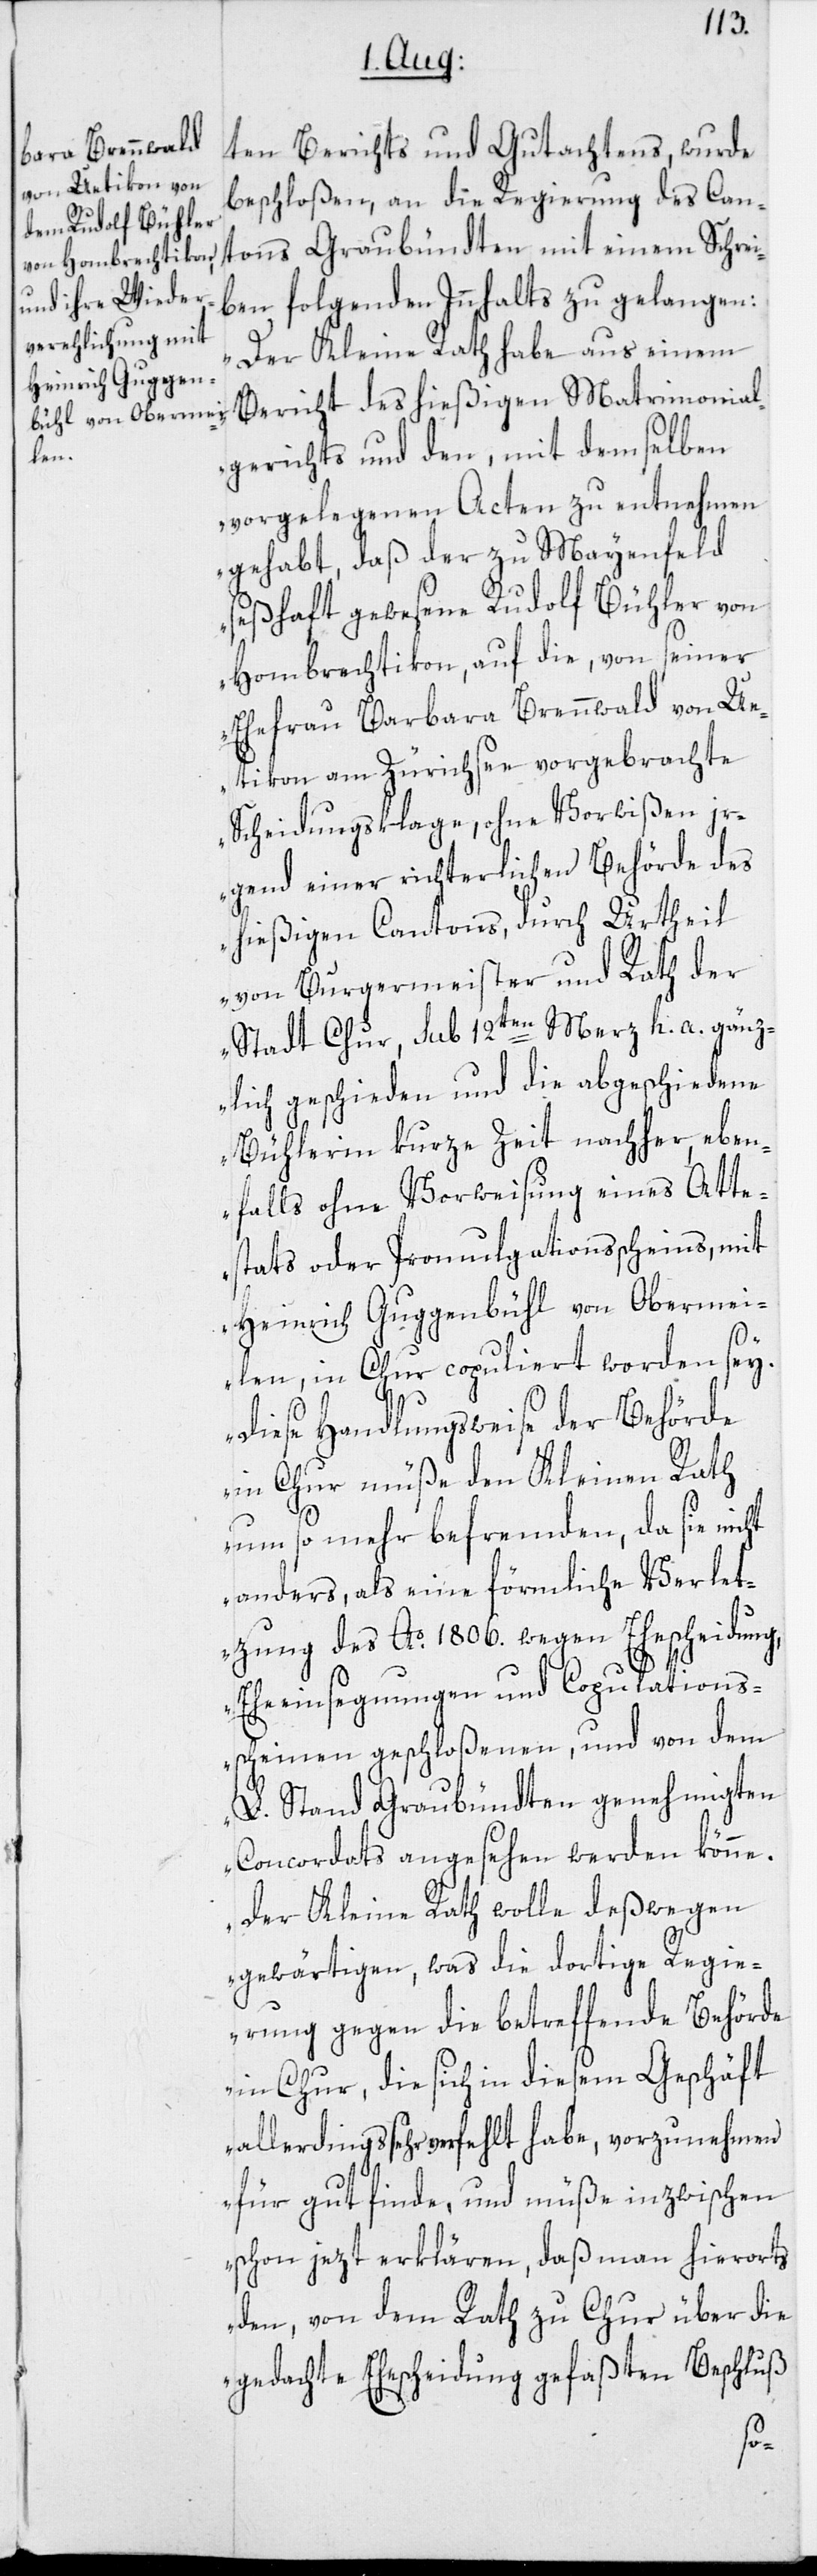
ten Berichts und Gutachtens, wurde
beschloßen, an die Regierung des Can¬
tons Graubündten mit einem Schrei¬
ben folgenden Innhalts zu gelangen:
„Der Kleine Rath habe aus einem
Bericht des hießigen Matrimonial¬
gerichts und den, mit demselben
vorgelegenen Acten zu entnehmen
gehabt, daß der zu Mayenfeld
seßhaft gewesene Rudolf Bühler von
Hombrechtikon, auf die, von seiner
Ehefrau Barbara Brennwald von Ue¬
tikon am Zürichsee vorgebrachte
Scheidungsklage, ohne Vorwißen ir¬
gend einer richterlichen Behörde des
hießigen Cantons, durch Urtheil
von Burgermeister und Rath der
Stadt Chur, sub 12ten Merz h. a. gänz¬
lich geschieden und die abgeschiedene
Bühlerin kurze Zeit nachher, eben¬
falls ohne Vorweisung eines Atte¬
stats oder Promulgationsscheins, mit
Heinrich Guggenbühl von Obermei¬
len, in Chur copuliert worden sey.
Diese Handlungsweise der Behörde
in Chur müße den Kleinen Rath
um so mehr befremden, da sie nicht
anders, als eine förmliche Verlet¬
zung des Ao 1806. wegen Ehescheidung,
Eheeinsegnungen und Copulations¬
scheinen geschloßenen, und von dem
L. Stand Graubündten genehmigten
Concordats angesehen werden könne.
Der Kleine Rath wolle deßwegen
gewärtigen, was die dortige Regie¬
rung gegen die betreffende Behörde
in Chur, die sich in diesem Geschäft
allerdings sehr verfehlt habe, vorzunehmen
für gut finde, und müße inzwischen
schon jezt erklären, daß man hierorts
den, von dem Rath zu Chur über die
gedachte Ehescheidung gefaßten Beschluß